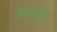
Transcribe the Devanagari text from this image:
मक्कायुक्त